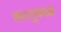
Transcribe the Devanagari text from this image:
वास्तुकाम